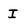
Character: I